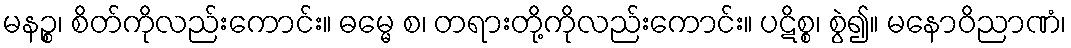
မနဉ္စ၊ စိတ်ကိုလည်းကောင်း။ ဓမ္မေ စ၊ တရားတို့ကိုလည်းကောင်း။ ပဋိစ္စ၊ စွဲ၍။ မနောဝိညာဏံ၊